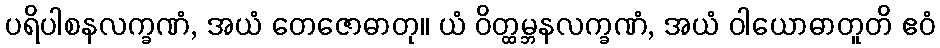
ပရိပါစနလက္ခဏံ, အယံ တေဇောဓာတု။ ယံ ဝိတ္ထမ္ဘနလက္ခဏံ, အယံ ဝါယောဓာတူတိ ဧဝံ